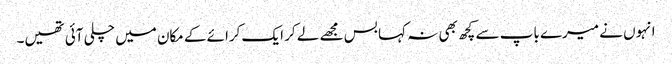
انہوں نے میرے باپ سے کچھ بھی نہ کہا بس مجھے لے کر ایک کرائے کے مکان میں چلی آئی تھیں۔